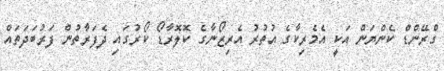
ގްރޭންޑް ކެންޔަން އަކީ އެމެރިކާގެ އުތުރު އެރިޒޯނާގެ ކޮލޮރާޑޯ ކޯރުގައި ދެފަރާތުން ފަރުބަދަތައް